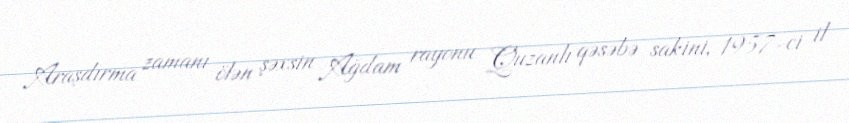
Araşdırma zamanı ölən şəxsin Ağdam rayonu Quzanlı qəsəbə sakini, 1957-ci il